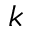
k